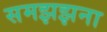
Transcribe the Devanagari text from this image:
समझझना